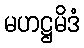
မဟဋ္ဌမိဒံ